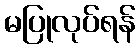
မပြုလုပ်ရန်